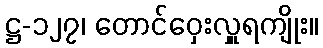
ဋ္ဌ-၁၂၇၊ တောင်ဝှေးလှူရကျိုး။